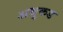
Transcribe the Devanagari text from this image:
अथुकड